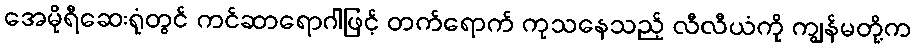
အေမိုရီဆေးရုံတွင် ကင်ဆာရောဂါဖြင့် တက်ရောက် ကုသနေသည့် လီလီယံကို ကျွန်မတို့က